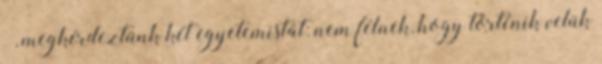
–, megkérdeztünk két egyetemistát: nem félnek, hogy történik velük